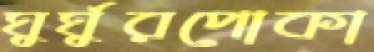
ঘুর্ঘুরপোকা